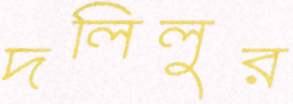
দলিলুর